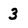
Character: 3